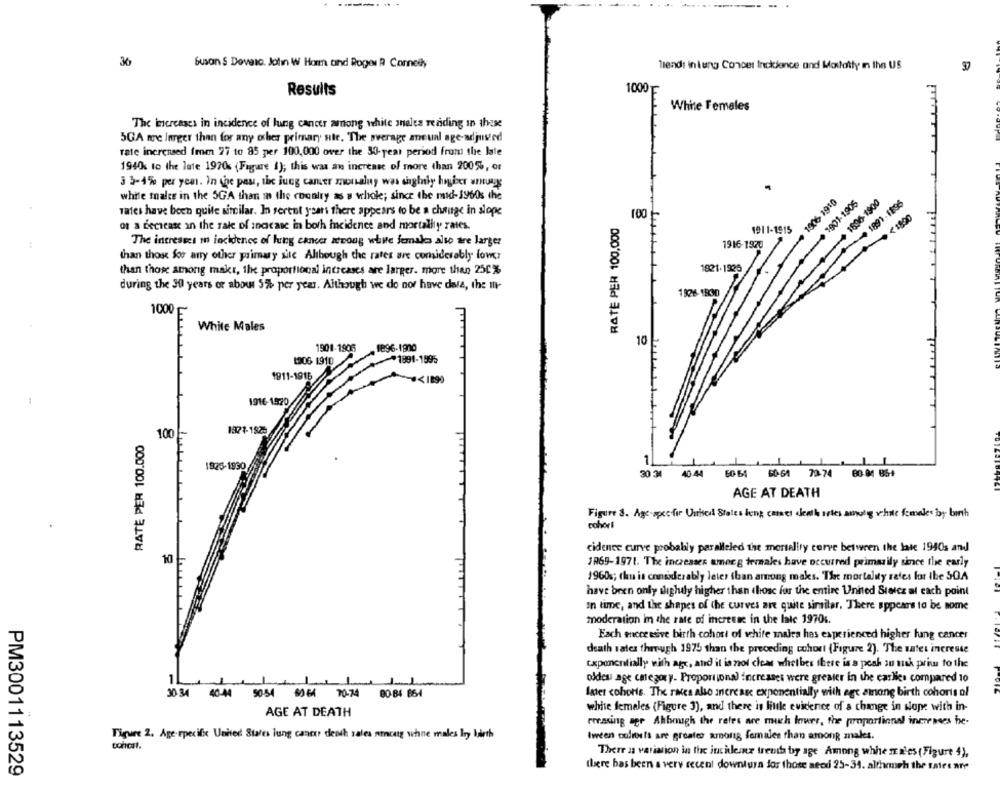
36
Suson S Dovero. John W Homm and Roger R Connelly
Trends in lung Condet Inckience and Mostatty in the US
37
Results
1000
White Females
The increases in incidence of lung cancer among white males reading In these
5GA more larger than for any other primary site. The average annual age-adjusted
rate increased from 27 to 85 per 100,000 over the 30-year period from the late
1940 to the late 1970% (Fugare 1); this was an increase of more than 200%, or
3 3-4% per year. In the pass, the jung camer moralny was sigfly higher was
while males in the 5G'A than in the country as a whole; since the mid-1960s the
3901-1905
1806- 1900
1891-1895
Tates have been quite similar. In serent years there appears to be a change in slope
100
RATE PER 100,000
of a decrease in the sale of inacase in both incidence and mortality rates.
1911-1915
0:61 9001
The intresses mn incidence of lung cancer strong white females also tre larger
1916-1920
than those for any other primary ssc Although the rates are considerably lower
1821.1936
than those among makt, the proportional increases are larger. more than 250%
during the 30 years or about 5% per year. Although we do not have data, the me
1926 1800
1000 -
White Males
Lun
1901-1906
1896-1900
10
1306 1910
1991-1995
1911-1916
.< 1890
-
1916-1920
100
1374-1525
RATE PER 100.000
1826-1830
1
40-44
73-74
80-04 86+
AGE AT DEATH
Figure 8. Age- specific United States keng canet deathartes among whole females by birth
cohort
cidence curve probably paralleled the mertelity cerve between the late 1940s and
10
1969-1971. The increases amecg termales have occurred primarily since the early
1960s; chu is considerably leter than among maks. Tire mortality rates for the SOA
have been only slightly higher than those for the entire United Stelcz al each point
In time, and the shapes of the curves are quite similar. There appears to be nome
moderation im the rate of increase in the late 19701.
Each eccessive birth cohort of white males hes experienced higher lung cancer
death rates through 1975 than the preceding cohort (Figure 2). The sates increste
exponentially with age, and it is not clow whether there is a peak an mak prim to the
1L
oldes age category. Proportional increases were greater in the earlies compared 10
30-34
40-44
50:54
70-74
00-84 864
later cohorts. The races also increase exponentially with egc sinang birth cohorts of
AGE AT DEATH
white females (Figure 3), and there is little evidence of a change in slope with in-
pressing age Ahbmagh the reles are much leves, the proportional increases be-
Figure 2. Age specific United States lung cancer death sales mencag whine makes by birth
Iveen colors are greater among females than among males.
There is variation in the incidence trends by age Among whhe males (Figure 4),
there has been a very recent downturn for those need 25-34. althamsh the rates are
PM3001113529